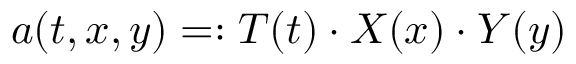
a ( t , x , y ) = : T ( t ) \cdot X ( x ) \cdot Y ( y )